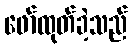
ဖော်ထုတ်ခဲ့သည်